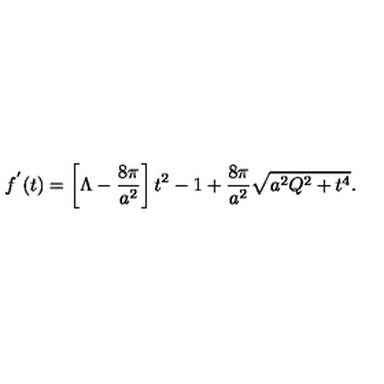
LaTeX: f ^ { ' } ( t ) = \left[ \Lambda - \frac { 8 \pi } { a ^ { 2 } } \right] t ^ { 2 } - 1 + \frac { 8 \pi } { a ^ { 2 } } \sqrt { a ^ { 2 } Q ^ { 2 } + t ^ { 4 } } .